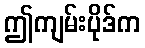
ဤကျမ်းပိုဒ်က